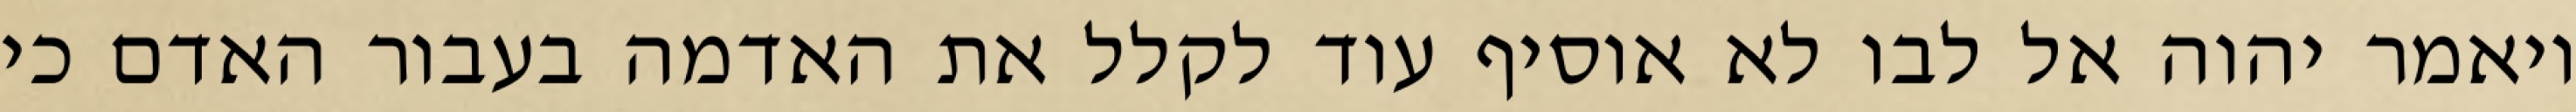
ויאמר יהוה אל לבו לא אוסיף עוד לקלל את האדמה בעבור האדם כי